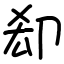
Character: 㕁